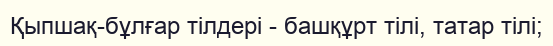
Қыпшақ-бұлғар тілдері - башқұрт тілі, татар тілі;